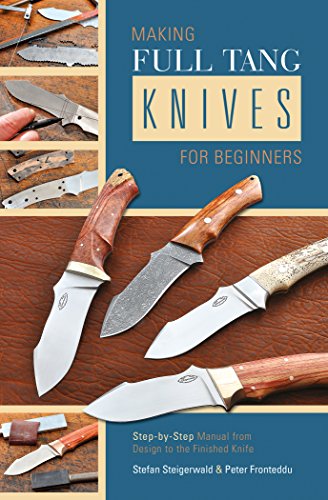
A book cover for Making Full Tang Knives For Beginners: Step-by-Step Manual from Design to the Finished Knife; Stefan Steigerwald ; Crafts, Hobbies & Home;